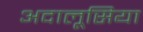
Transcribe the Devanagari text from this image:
अदालूसिया